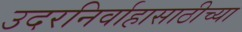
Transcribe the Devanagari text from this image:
उदरनिर्वाहासाठीच्या